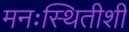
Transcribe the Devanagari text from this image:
मनःस्थितीशी